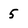
Character: 5